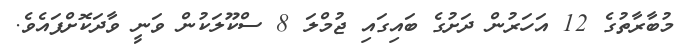
މުބާރާތުގެ 12 އަހަރުން ދަށުގެ ބައިގައި ޖުމްލަ 8 ސްކޫލަކުން ވަނީ ވާދަކޮށްފައެވެ.